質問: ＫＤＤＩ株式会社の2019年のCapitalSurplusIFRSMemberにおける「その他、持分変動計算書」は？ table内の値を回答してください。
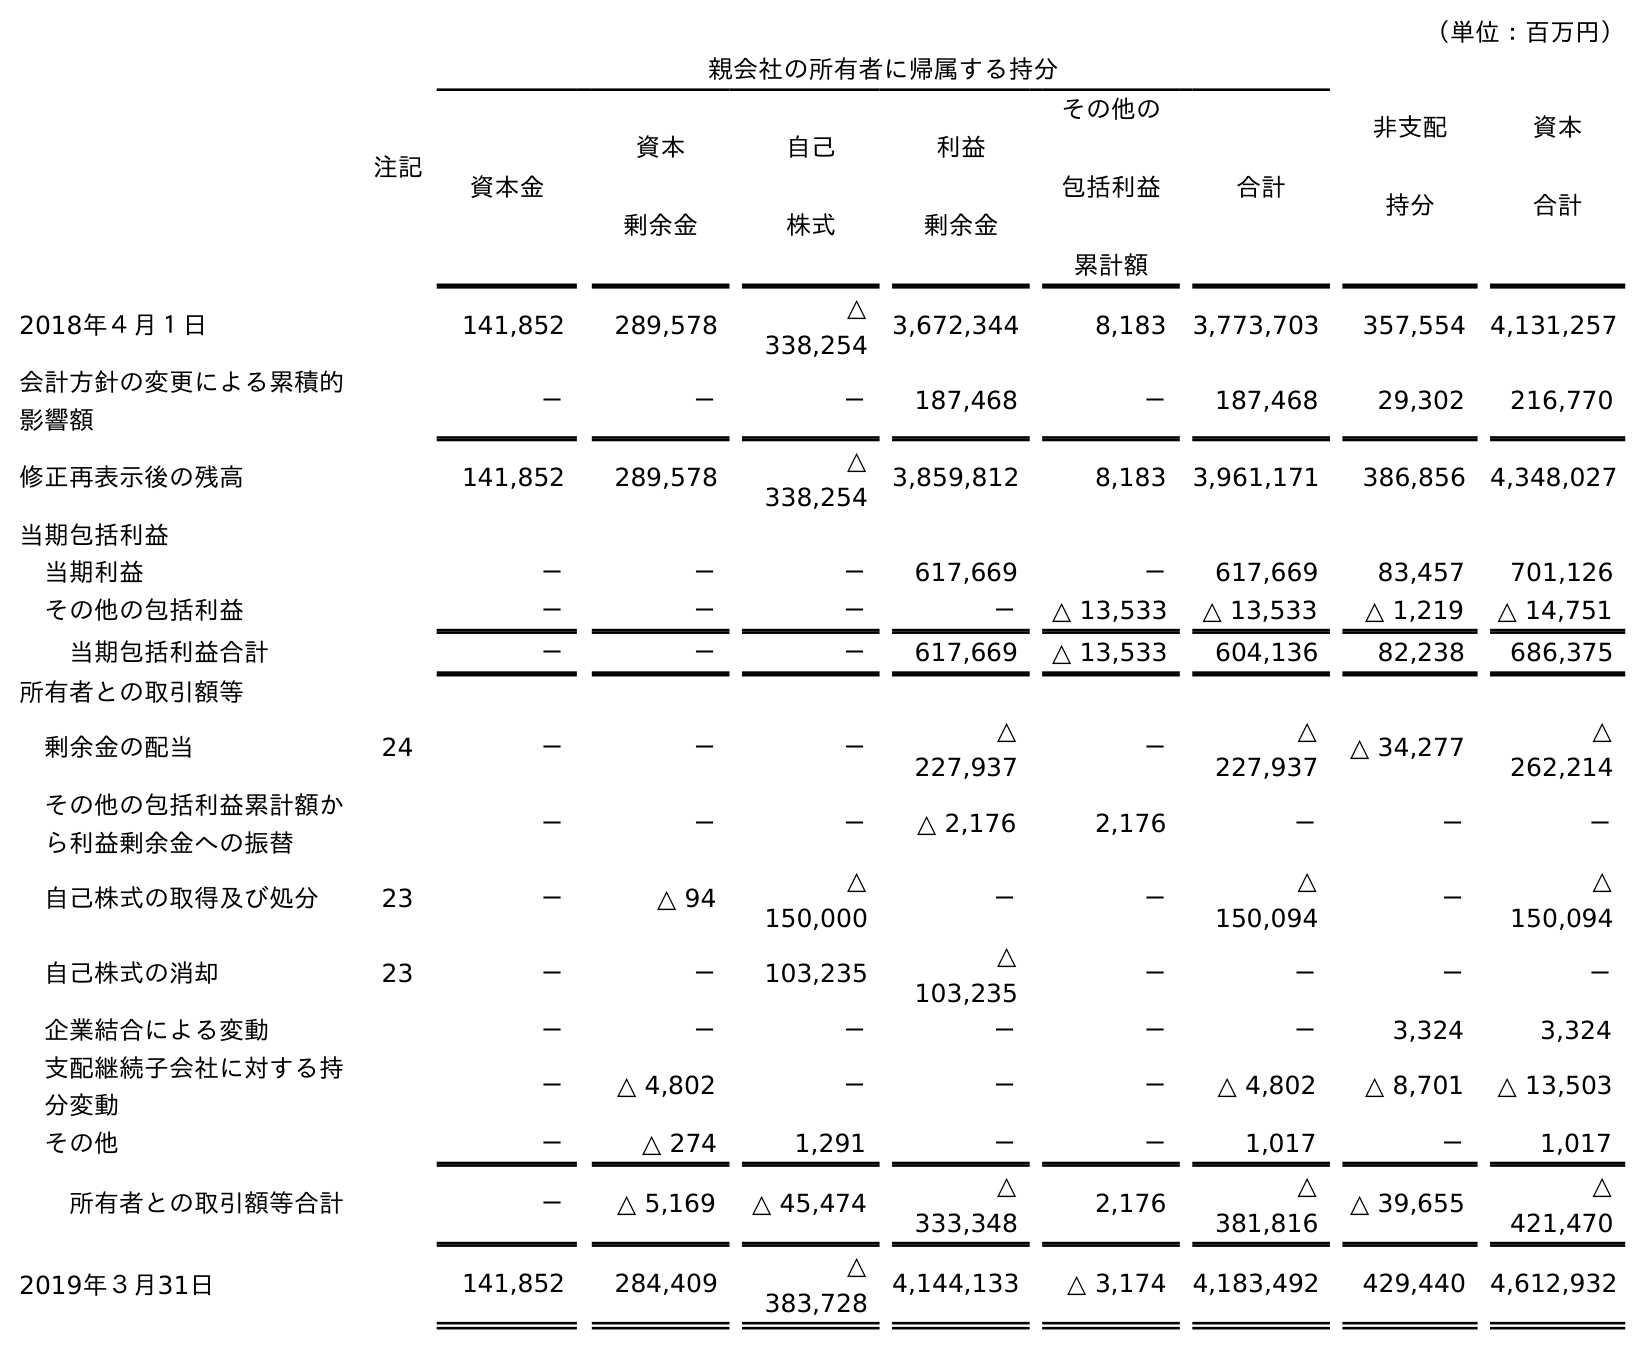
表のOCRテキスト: （単位：百万円） 注記 親会社の所有者に帰属する持分 非支配 持分 資本 合計 資本金 資本 剰余金 自己 株式 利益 剰余金 その他の 包括利益 累計額 合計 2018年４月１日 141,852 289,578 △ 338,254 3,672,344 8,183 3,773,703 357,554 4,131,257 会計方針の変更による累積的 影響額 － － － 187,468 － 187,468 29,302 216,770 修正再表示後の残高 141,852 289,578 △ 338,254 3,859,812 8,183 3,961,171 386,856 4,348,027 当期包括利益 当期利益 － － － 617,669 － 617,669 83,457 701,126 その他の包括利益 － － － － △ 13,533 △ 13,533 △ 1,219 △ 14,751 当期包括利益合計 － － － 617,669 △ 13,533 604,136 82,238 686,375 所有者との取引額等 剰余金の配当 24 － － － △ 227,937 － △ 227,937 △ 34,277 △ 262,214 その他の包括利益累計額か ら利益剰余金への振替 － － － △ 2,176 2,176 － － － 自己株式の取得及び処分 23 － △ 94 △ 150,000 － － △ 150,094 － △ 150,094 自己株式の消却 23 － － 103,235 △ 103,235 － － － － 企業結合による変動 － － － － － － 3,324 3,324 支配継続子会社に対する持 分変動 － △ 4,802 － － － △ 4,802 △ 8,701 △ 13,503 その他 － △ 274 1,291 － － 1,017 － 1,017 所有者との取引額等合計 － △ 5,169 △ 45,474 △ 333,348 2,176 △ 381,816 △ 39,655 △ 421,470 2019年３月31日 141,852 284,409 △ 383,728 4,144,133 △ 3,174 4,183,492 429,440 4,612,932
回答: △274